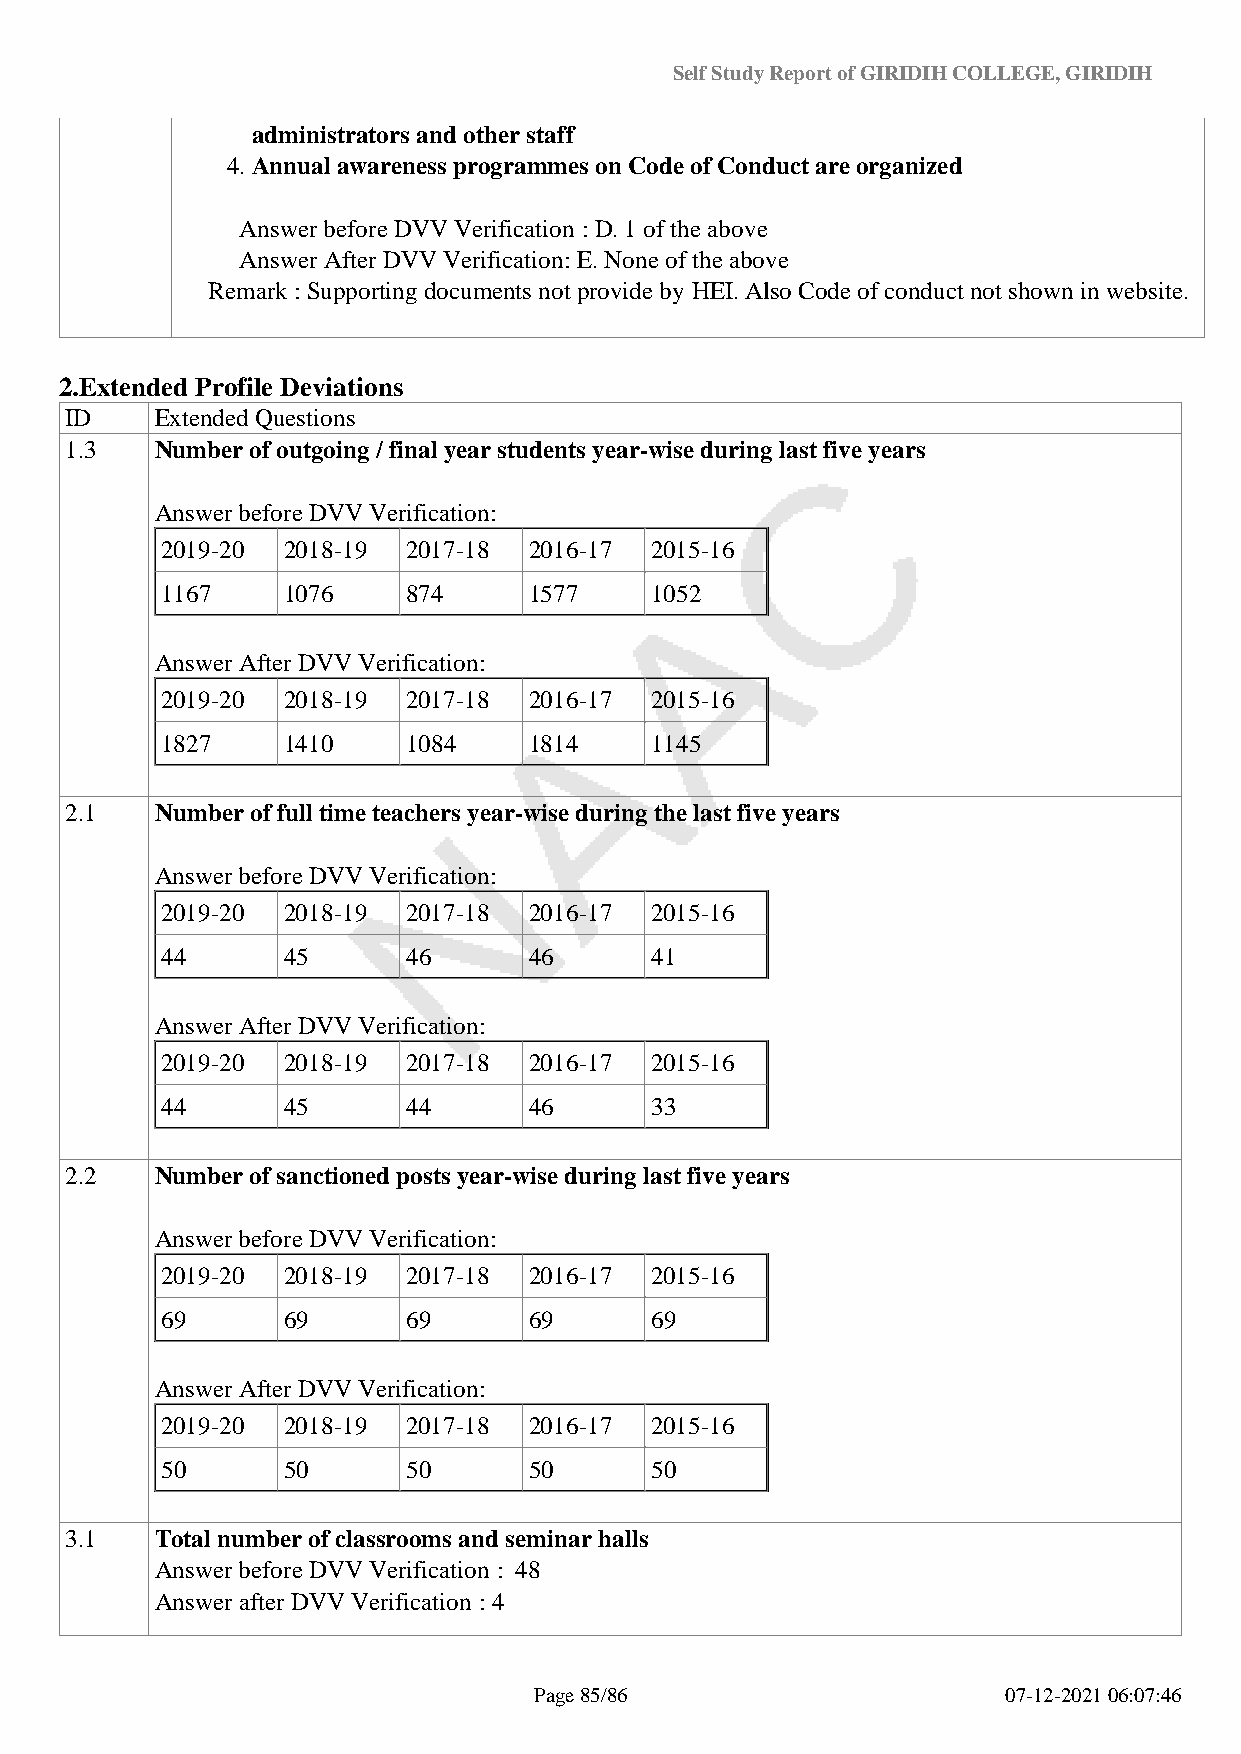
Self Study Report of GIRIDIH COLLEGE, GIRIDIH
 administrators and other staff
 4. Annual awareness programmes on Code of Conduct are organized
 Answer before DVV Verification : D. 1 of the above
 Answer After DVV Verification: E. None of the above
 Remark : Supporting documents not provide by HEI. Also Code of conduct not shown in website.
 2.Extended Profile Deviations
 ID    Extended Questions
 1.3   Number of outgoing / final year students year-wise during last five years
 Answer before DVV Verification:
 2019-20 2018-19 2017-18 2016-17 2015-16
 1167    1076    874     1577    1052
 Answer After DVV Verification:
 2019-20 2018-19 2017-18 2016-17 2015-16
 1827    1410    1084    1814    1145
 2.1   Number of full time teachers year-wise during the last five years
 Answer before DVV Verification:
 2019-20 2018-19 2017-18 2016-17 2015-16
 44      45      46      46      41
 Answer After DVV Verification:
 2019-20 2018-19 2017-18 2016-17 2015-16
 44      45      44      46      33
 2.2   Number of sanctioned posts year-wise during last five years
 Answer before DVV Verification:
 2019-20 2018-19 2017-18 2016-17 2015-16
 69      69      69      69      69
 Answer After DVV Verification:
 2019-20 2018-19 2017-18 2016-17 2015-16
 50      50      50      50      50
 3.1   Total number of classrooms and seminar halls
 Answer before DVV Verification : 48
 Answer after DVV Verification : 4
 Page 85/86                      07-12-2021 06:07:46